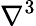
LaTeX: \nabla^{3}